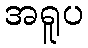
အရူပ